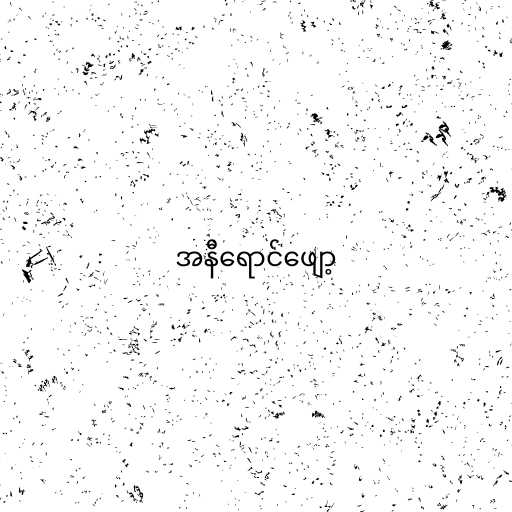
အနီရောင်ဖျော့